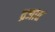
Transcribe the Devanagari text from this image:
व्रजात